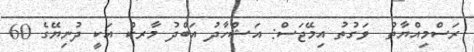
ރަސްމިއްޔާތު  ވަގުތު އިމޭޖަސް: އަޝްހާދު އަބްދު މާރކް އަކީ ދުނިޔޭގެ 60